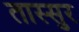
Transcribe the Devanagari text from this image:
तास्सुर